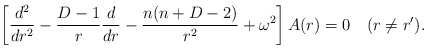
\begin{align*}\left [ {d^2\over dr^2}-{D-1 \over r}{d\over dr}-{n(n+D-2)\over r^2}+\omega^2 \right ] A(r)=0 \quad (r\neq r').\end{align*}